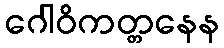
ဂေါဝိကတ္တနေန